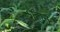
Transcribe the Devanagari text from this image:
शैहान